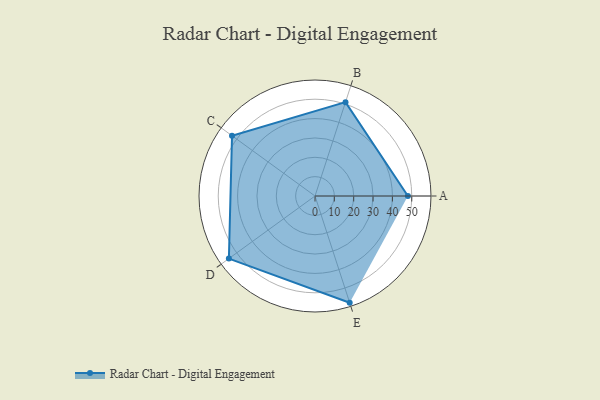
{"axis": {"x": "Skill", "y": "Score"}, "legend": ["Profile"], "data": [{"x": "A", "y": 48.0, "type": "Profile"}, {"x": "B", "y": 51.0, "type": "Profile"}, {"x": "C", "y": 53.0, "type": "Profile"}, {"x": "D", "y": 55.0, "type": "Profile"}, {"x": "E", "y": 58.0, "type": "Profile"}]}